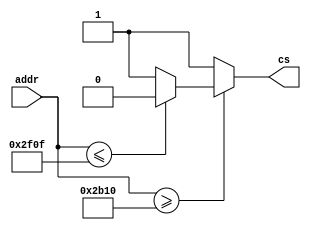
module ADDRDecoding(
	input [31:0] addr,
	// 0 = memoria interna, 1 = memoria externa
	output reg cs 
);
	reg [31:0] inferior, superior;
	
	// Memoria interna de 1kB (0x400 Bytes), comeando em 13d * 350h = 0x2B10
	// Memoria interna 2B10h a 2F04h
	always @ (*)
	begin
		inferior = 32'h2B10;
		superior = 32'h2F0F;
		if(addr >= inferior) 
		begin
			if(addr <= superior)
			begin
				cs = 0; 
			end
			else cs = 1;
		end
		else cs = 1;	
	end 
	
endmodule